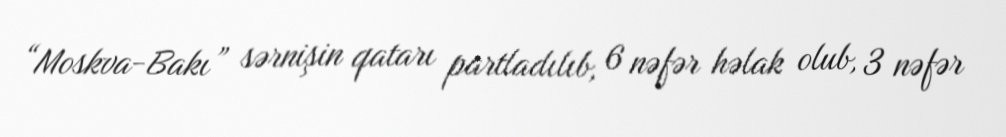
“Moskva-Bakı” sərnişin qatarı partladılıb, 6 nəfər həlak olub, 3 nəfər